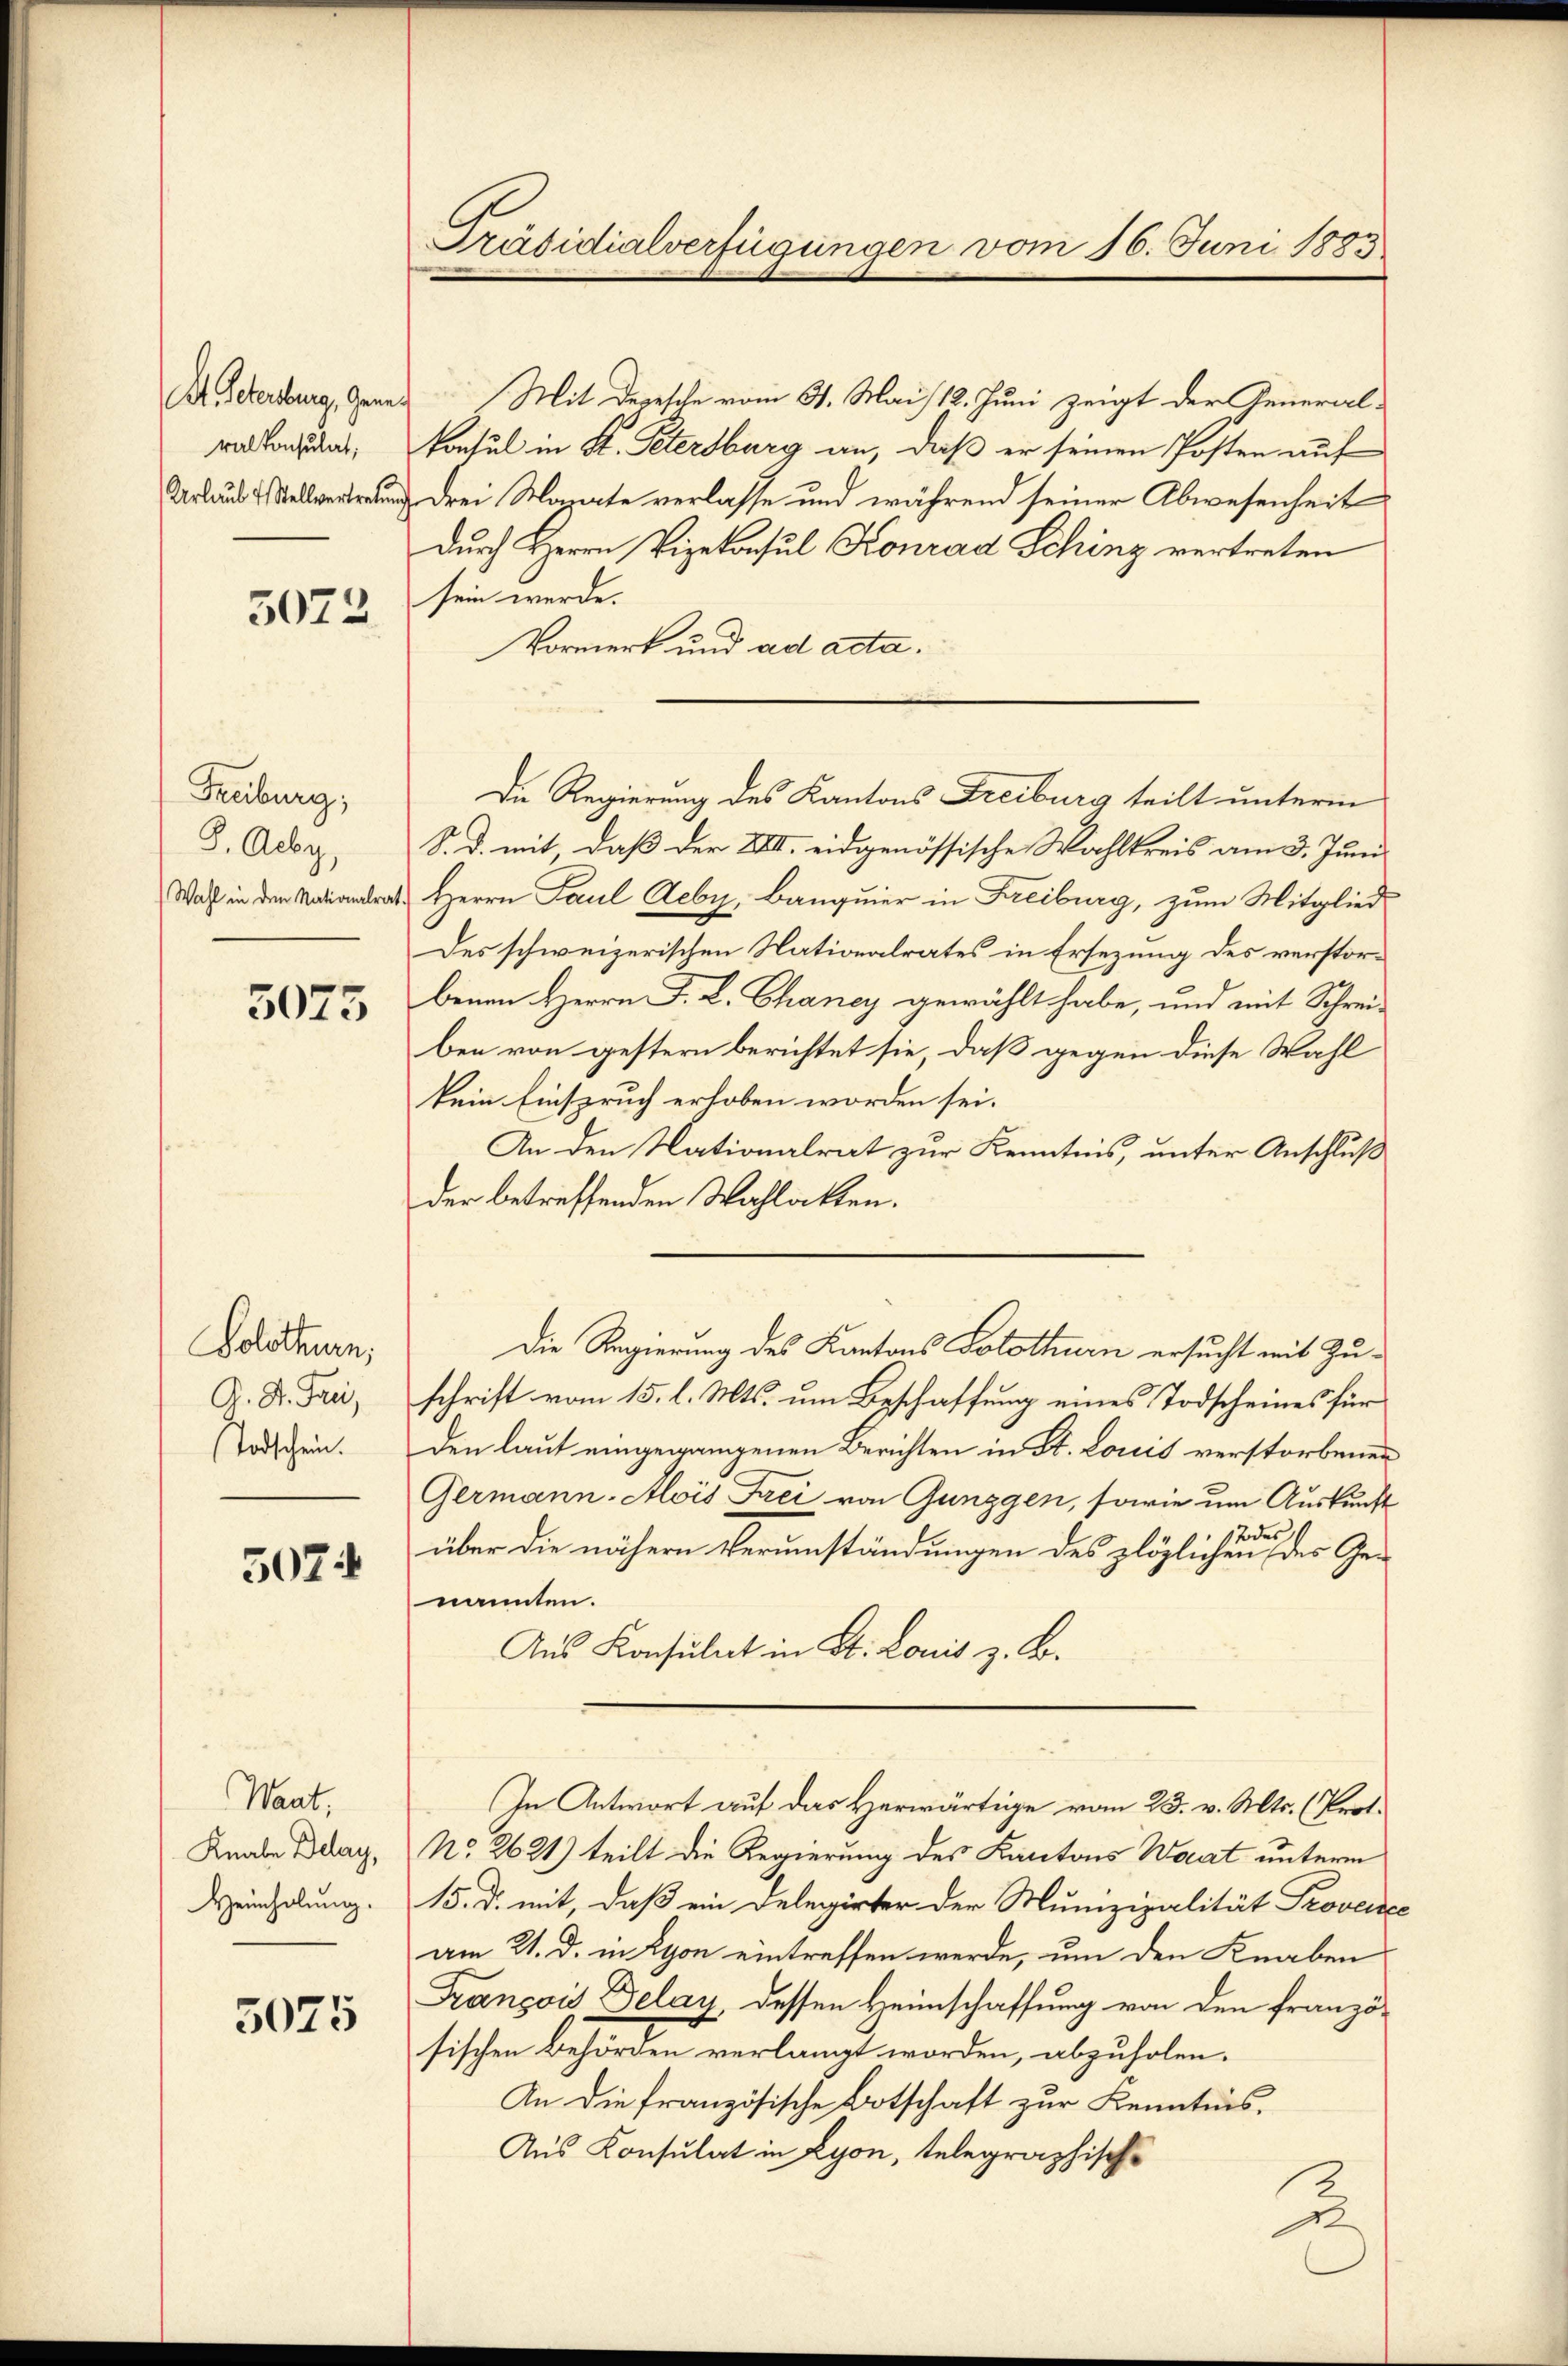
Dr. Petersburg, Generalkonsulat,

5072

Freiburg,
G.Acby,
Wahl in den Nationalrat

5075

Solothurn,
A. H. Frei,
Todschein.

507

Waat,
Knabe Delay,
Heinholung.

5025

Präsidialverfügungen vom 16. Juni 1883

Mit Depesche vom 31. Mai 12. Juni zeigt der General-
konsul in K. Petersburg an, daß er seinen Posten auf
e drei Monate verlasse und während seiner Abwesenheit
durch Herrn Vizekonsul Konrad Sching vertreten
sein werde.
Vormerk und ad acta.
S. D. mit, daß der XIII. eidgenössische Wahlkreis am 3. Juni
 Herrn Paul Acby, Banquier in Freiburg, zum Mitglied
Des schweizerischen Nationalrates in Ersezung des verstorbenen Herrn J. L. Ghaney gewählt habe, und mit Schrei-
ben von gestern berichtet sie, daß gegen diese Wahl
kein Einspruch erhoben worden sei.
An den Nationalrat zur Kenntnis, unter Anschluß
der betreffenden Wahlakten.
Die Regierung des Kantons Solothurn ersucht mit Zuschrift vom 15. l. Mts. um Beschaffung eines Todscheines für
den laut eingegangenen Berichten in St. Louis verstorbenen
Germann-Alois Frei von Gunggen, sowie um Auskunft
Todes
über die nähern Verumständungen des plöglichen des Genannten.
Aus Konsulat in St. Louis z. B.
In Antwort auf das Herwärtige vom 23. v. Mts. (Prot.
No. 2621) teilt die Regierung des Kantons Waat unterm
15. d. mit, daß ein Delegirter der Munizipalität Proven
am 21. d. in Lyon eintreffen werde, um den Knaben
François Delay, dessen Heimschaffung von den französischen Behörden verlangt worden, abzuholen.
An die französische Botschaft zur Kenntnis.
Aus Konsulat in Lyon, telegraphische
2

Die Regierung des Kantons Freiburg teilt unterm